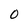
Character: 0